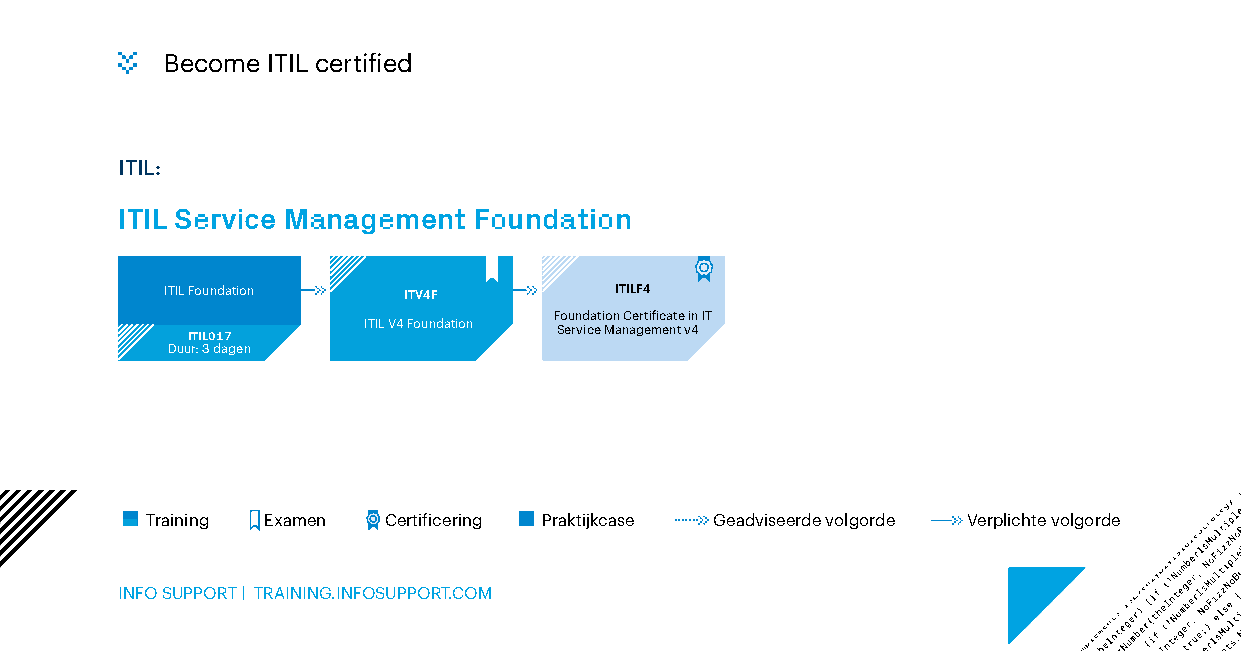
Become ITIL certified
 ITIL:
 ITIL Service Management Foundation
 ITIL Foundation ITV4F         ITILF4
 Foundation Certificate in IT
 ITIL V4 Foundation Service Management v4
 ITIL017
 Duur: 3 dagen
 Training Examen Certificering Praktijkcase Geadviseerde volgorde Verplichte volgorde
 INFO SUPPORT | TRAINING.INFOSUPPORT.COM